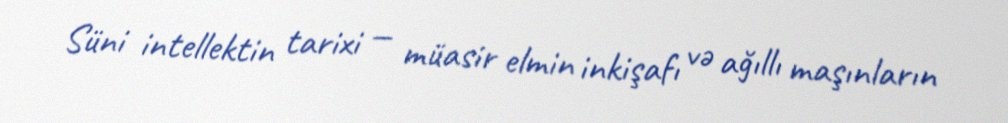
Süni intellektin tarixi — müasir elmin inkişafı və ağıllı maşınların